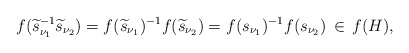
\begin{align*}f(\widetilde{s}_{\nu_1}^{-1} \widetilde{s}_{\nu_2}) = f(\widetilde{s}_{\nu_1})^{-1} f(\widetilde{s}_{\nu_2}) = f(s_{\nu_1})^{-1} f(s_{\nu_2}) \,\in\, f(H),\end{align*}